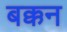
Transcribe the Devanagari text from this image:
बक्कन